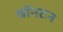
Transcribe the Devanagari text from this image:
बॉनटन